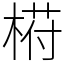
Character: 﨓